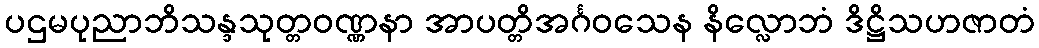
ပဌမပုညာဘိသန္ဒသုတ္တဝဏ္ဏနာ အာပတ္တိအင်္ဂဝသေန နိလ္လောဘံ ဒိဋ္ဌိသဟဇာတံ